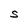
Character: S